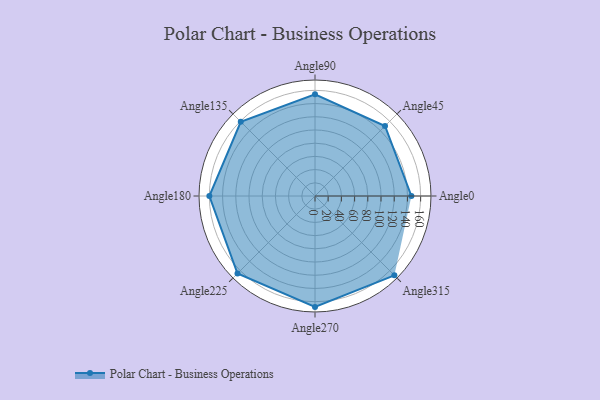
{"axis": {"x": "Angle", "y": "Radius"}, "legend": [""], "data": [{"x": "Angle0", "y": 146.0, "type": ""}, {"x": "Angle45", "y": 150.0, "type": ""}, {"x": "Angle90", "y": 154.0, "type": ""}, {"x": "Angle135", "y": 159.0, "type": ""}, {"x": "Angle180", "y": 160.0, "type": ""}, {"x": "Angle225", "y": 166.0, "type": ""}, {"x": "Angle270", "y": 168.0, "type": ""}, {"x": "Angle315", "y": 170, "type": ""}]}